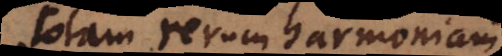
totam rerum harmoniam